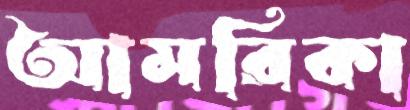
আমরিকা